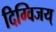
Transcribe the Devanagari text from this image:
दिग्विजय्